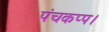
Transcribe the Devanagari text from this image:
पंचकप्प।